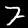
Label: 7